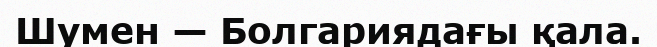
Шумен — Болгариядағы қала.